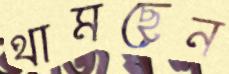
থামছেন